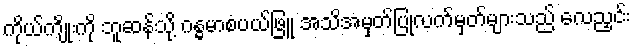
ကိုယ်ကျိုးကို ဘူဆန်သို့ ဂန္ဓမာစံပယ်ဖြူ အသိအမှတ်ပြုလက်မှတ်များသည် လေညှင်း